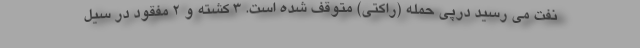
نفت می رسید درپی حمله (راکتی) متوقف شده است. 3 کشته و 2 مفقود در سیل